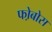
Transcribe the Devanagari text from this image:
फो़बोस